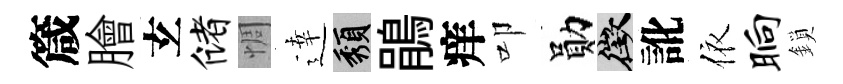
箴膾𤣥储惆逹頽鵑痒叩勛徵訛依晌鎖